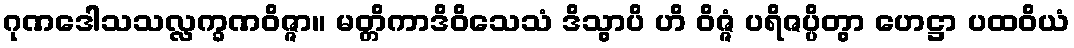
ဂုဏဒေါသသလ္လက္ခဏဝိဇ္ဇာ။ မတ္တိကာဒိဝိသေသံ ဒိသွာပိ ဟိ ဝိဇ္ဇံ ပရိဇပ္ပိတွာ ဟေဋ္ဌာ ပထဝိယံ